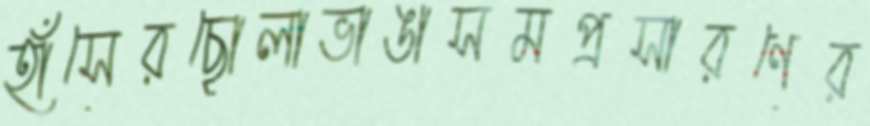
হাঁসেরছোলাভাঙাসমপ্রসারণের